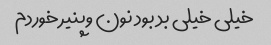
خیلی خیلی بد بود نون وپنیر خوردم